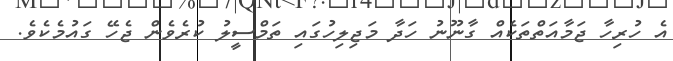
އެ ހުރިހާ ޖަމާއަތްތަކެއް ގާނޫނު ހަދާ މަޖިލިހުގައި ތަމްސީލު ކުރެވެން ޖެހޭ ގައުމެކެވެ.